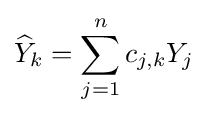
{\widehat {Y}}_{k}=\sum _{j=1}^{n}c_{j,k}Y_{j}